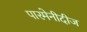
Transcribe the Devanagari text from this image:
पारमेनीदीज